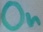
Text: On